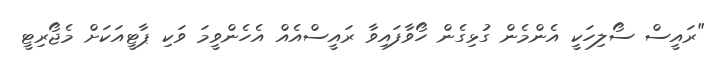
"ރައީސް ސޯލިހަކީ އެންމެން ގުޅިގެން ހޯވާފައިވާ ރައީސްއެއް އެހެންވީމަ ވަކި ޕާޓީއަކަށް މެޖޯރިޓީ